Vaccination in Bombay 1889-1901 - 1889-1901
Year: 1889
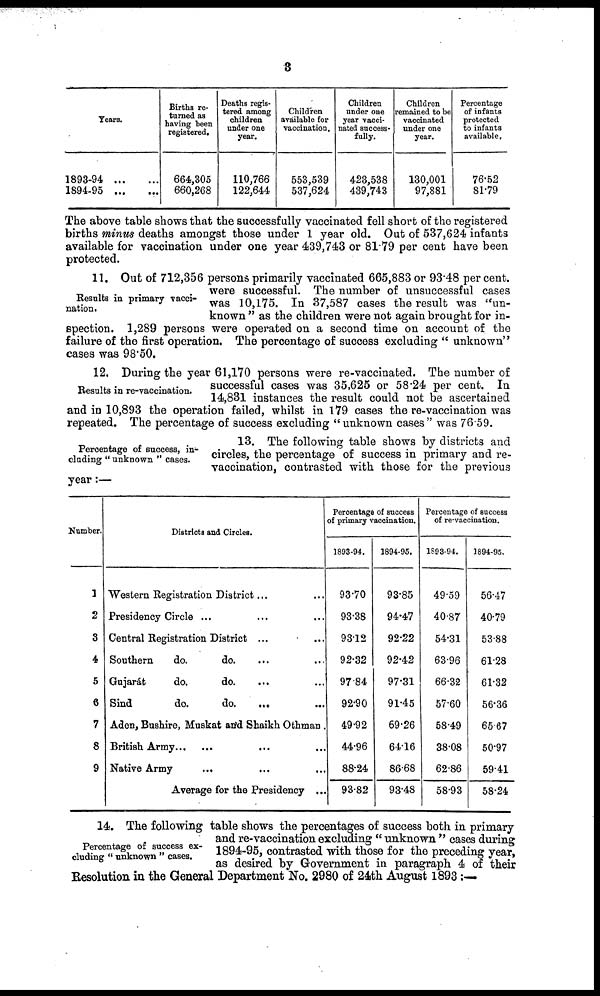
3
Years.
1893-94
...
...
1894-95 ... ...
Births re-
turned as
having been
registered.
664,305
660,268
Deaths regis-
tered among
children
under one
year.
110,766
122,644
Children
available for
vaccination.
553,539
537,624
Children
under one
year vacci-
nated success-
fully.
423,538
439,743
Children
remained to be
vaccinated
under one
year.
130,001
97,881
Percentage
of infants
protected
to infants
available,
76.52
81.79
The above table shows that the successfully vaccinated fell short of the registered
births minus deaths amongst those under 1 year old. Out of 537,624 infants
available for vaccination under one year 439,743 or 81.79 per cent have been
protected.
Results in primary vacci-
nation.
11. Out of 712,356 persons primarily vaccinated 665,883 or 93.48 per cent.
were successful. The number of unsuccessful cases
was 10,175. In 37,587 cases the result was "un-
known " as the children were not again brought for in-
spection. 1,289 persons were operated on a second time on account of the
failure of the first operation. The percentage of success excluding " unknown"
cases was 98.50.
Results in re-vaccination.
12. During the year 61,170 persons were re-vaccinated. The number of
successful cases was 35,625 or 58.24 per cent. In
14,831 instances the result could not be ascertained
and in 10,893 the operation failed, whilst in 179 cases the re-vaccination was
repeated. The percentage of success excluding " unknown cases " was 76.59.
Percentage of success, in-
cluding " unknown " cases.
13. The following table shows by districts and
circles, the percentage of success in primary and re-
vaccination, contrasted with those for the previous
year:—
Number.
1
2
3
4
5
6
7
8
9
Districts and Circles.
Western Registration District... ...
Presidency Circle ... ...
Central Registration District ... ...
Southern
do.
do. ... ...
Gujarát
do.
do.
... ...
Sind
do.
do.
... ...
Aden, Bushire, Muskat and Shaikh Othman .
British Army... ...
Native Army
... ...
Average for the Presidency ...
Percentage of success
of primary vaccination.
1893-94.
93.70
93.38
93.12
92.32
97.84
92.90
49.92
44.96
88.24
93.82
1894-95.
93.85
94.47
92.22
92.42
97.31
91.45
69.26
64.16
86.68
93.48
Percentage of success
of re-vaccination.
1893-94.
49.59
40.87
54.31
63.96
66.32
57.60
58.49
38.08
62.86
58.93
1894-95.
56.47
40.79
53.88
61.28
61.32
56.36
65.67
50.97
59.41
58.24
Percentage of success ex-
cluding " unknown " cases.
14. The following table shows the percentages of success both in primary
and re-vaccination excluding " unknown " cases during
1894-95, contrasted with those for the preceding year,
as desired by Government in paragraph 4 of their
Resolution in the General Department No. 2980 of 24th August 1893:—